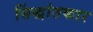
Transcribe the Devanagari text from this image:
सिंद्धांतकार